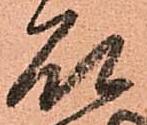
石